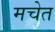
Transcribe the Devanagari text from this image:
मचेत